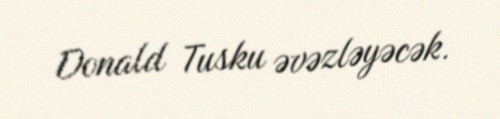
Donald Tusku əvəzləyəcək.